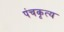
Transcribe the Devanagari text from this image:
पंचकृत्य